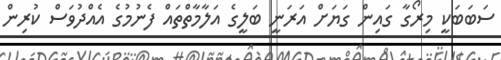
ސަބަބަކީ މިރޯގާ ގައިން ގަޔަށް އަރަނީ ބަލީގެ އަލާމާތްތައް ފެނުމުގެ އެއްދުވަސް ކުރިން